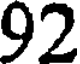
92